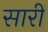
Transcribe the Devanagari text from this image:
सारीं